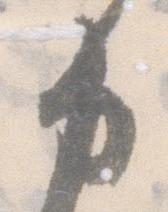
力